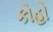
કોહો